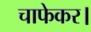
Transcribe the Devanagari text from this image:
चाफेकर।